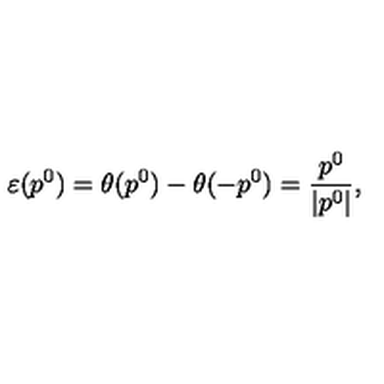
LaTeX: \varepsilon ( p ^ { 0 } ) = \theta ( p ^ { 0 } ) - \theta ( - p ^ { 0 } ) = \frac { p ^ { 0 } } { | p ^ { 0 } | } ,